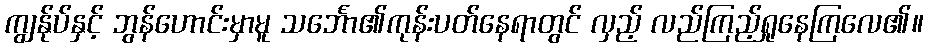
ကျွန်ုပ်နှင့် ဘွန်ဟောင်းမှာမူ သင်္ဘော၏ကုန်းပတ်နေရာတွင် လှည့် လည်ကြည့်ရှုနေကြလေ၏။